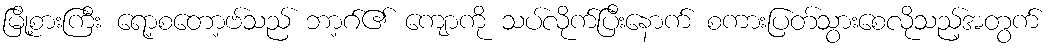
မြို့စားကြီး ရော့စတော့ဗ်သည် ဘာ့ဂ်၏ ကျောကို သပ်လိုက်ပြီးနောက် စကားပြတ်သွားစေလိုသည့်အတွက်